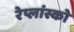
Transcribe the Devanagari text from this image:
रेप्लांस्को